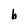
Character: b